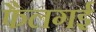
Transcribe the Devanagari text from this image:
फैलगई